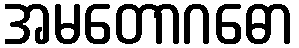
အမတောဂဓော